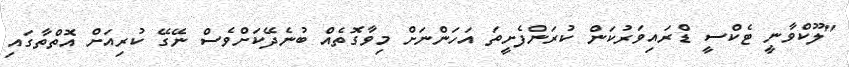
"ލޫކްވާނީ ޓެކްސީ ޑްރައިވަރުކަން ކުރަންފެށީތަ އަހަންނަށް މިވާގޮތެއް ބުނެދޭކަށްވެސް ނޭގޭ ކުރިއަށް އޮތްތާގައި